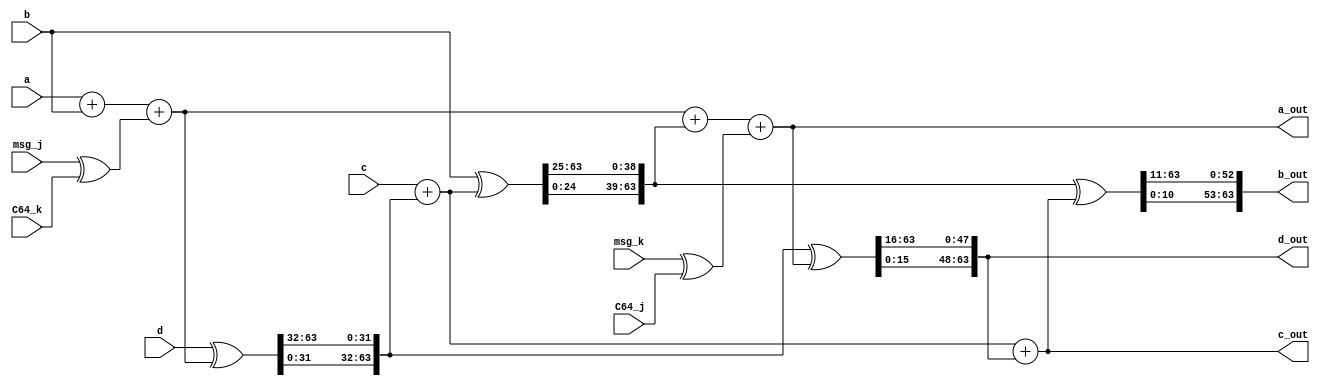
///////////////////////////////////////////////////////////////////////////////
//
//
///////////////////////////////////////////////////////////////////////////////

module blake512_G_func(
    input  [63:0] a, b, c, d,
    input  [63:0] msg_j, msg_k, C64_j, C64_k,
    output [63:0] a_out, b_out, c_out, d_out
);
    wire [63:0] a1, b1, c1, d1;
    wire [63:0] d1x, b1x;
    wire [63:0] d2x, b2x;

    // step 1
    assign a1 = a + b + (msg_j ^ C64_k);
    assign d1x = d ^ a1;
    assign d1 = {d1x[31:0], d1x[63:32]}; // shift 32
    assign c1 = c + d1;
    assign b1x = b ^ c1;
    assign b1 = {b1x[24:0], b1x[63:25]}; // shift 25

    // step 2
    assign a_out = a1 + b1 + (msg_k ^ C64_j);
    assign d2x = d1 ^ a_out;
    assign d_out = {d2x[15:0], d2x[63:16]}; // shift 16
    assign c_out = c1 + d_out;
    assign b2x = b1 ^ c_out;
    assign b_out = {b2x[10:0], b2x[63:11]}; // shift 11

endmodule